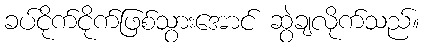
ခပ်ငိုက်ငိုက်ဖြစ်သွားအောင် ဆွဲချလိုက်သည်။